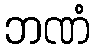
ဘဏံ